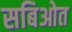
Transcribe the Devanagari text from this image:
सबिओत